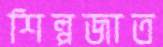
শিল্পজাত